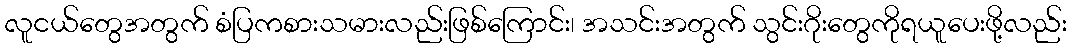
လူငယ်တွေအတွက် စံပြကစားသမားလည်းဖြစ်ကြောင်း၊ အသင်းအတွက် သွင်းဂိုးတွေကိုရယူပေးဖို့လည်း